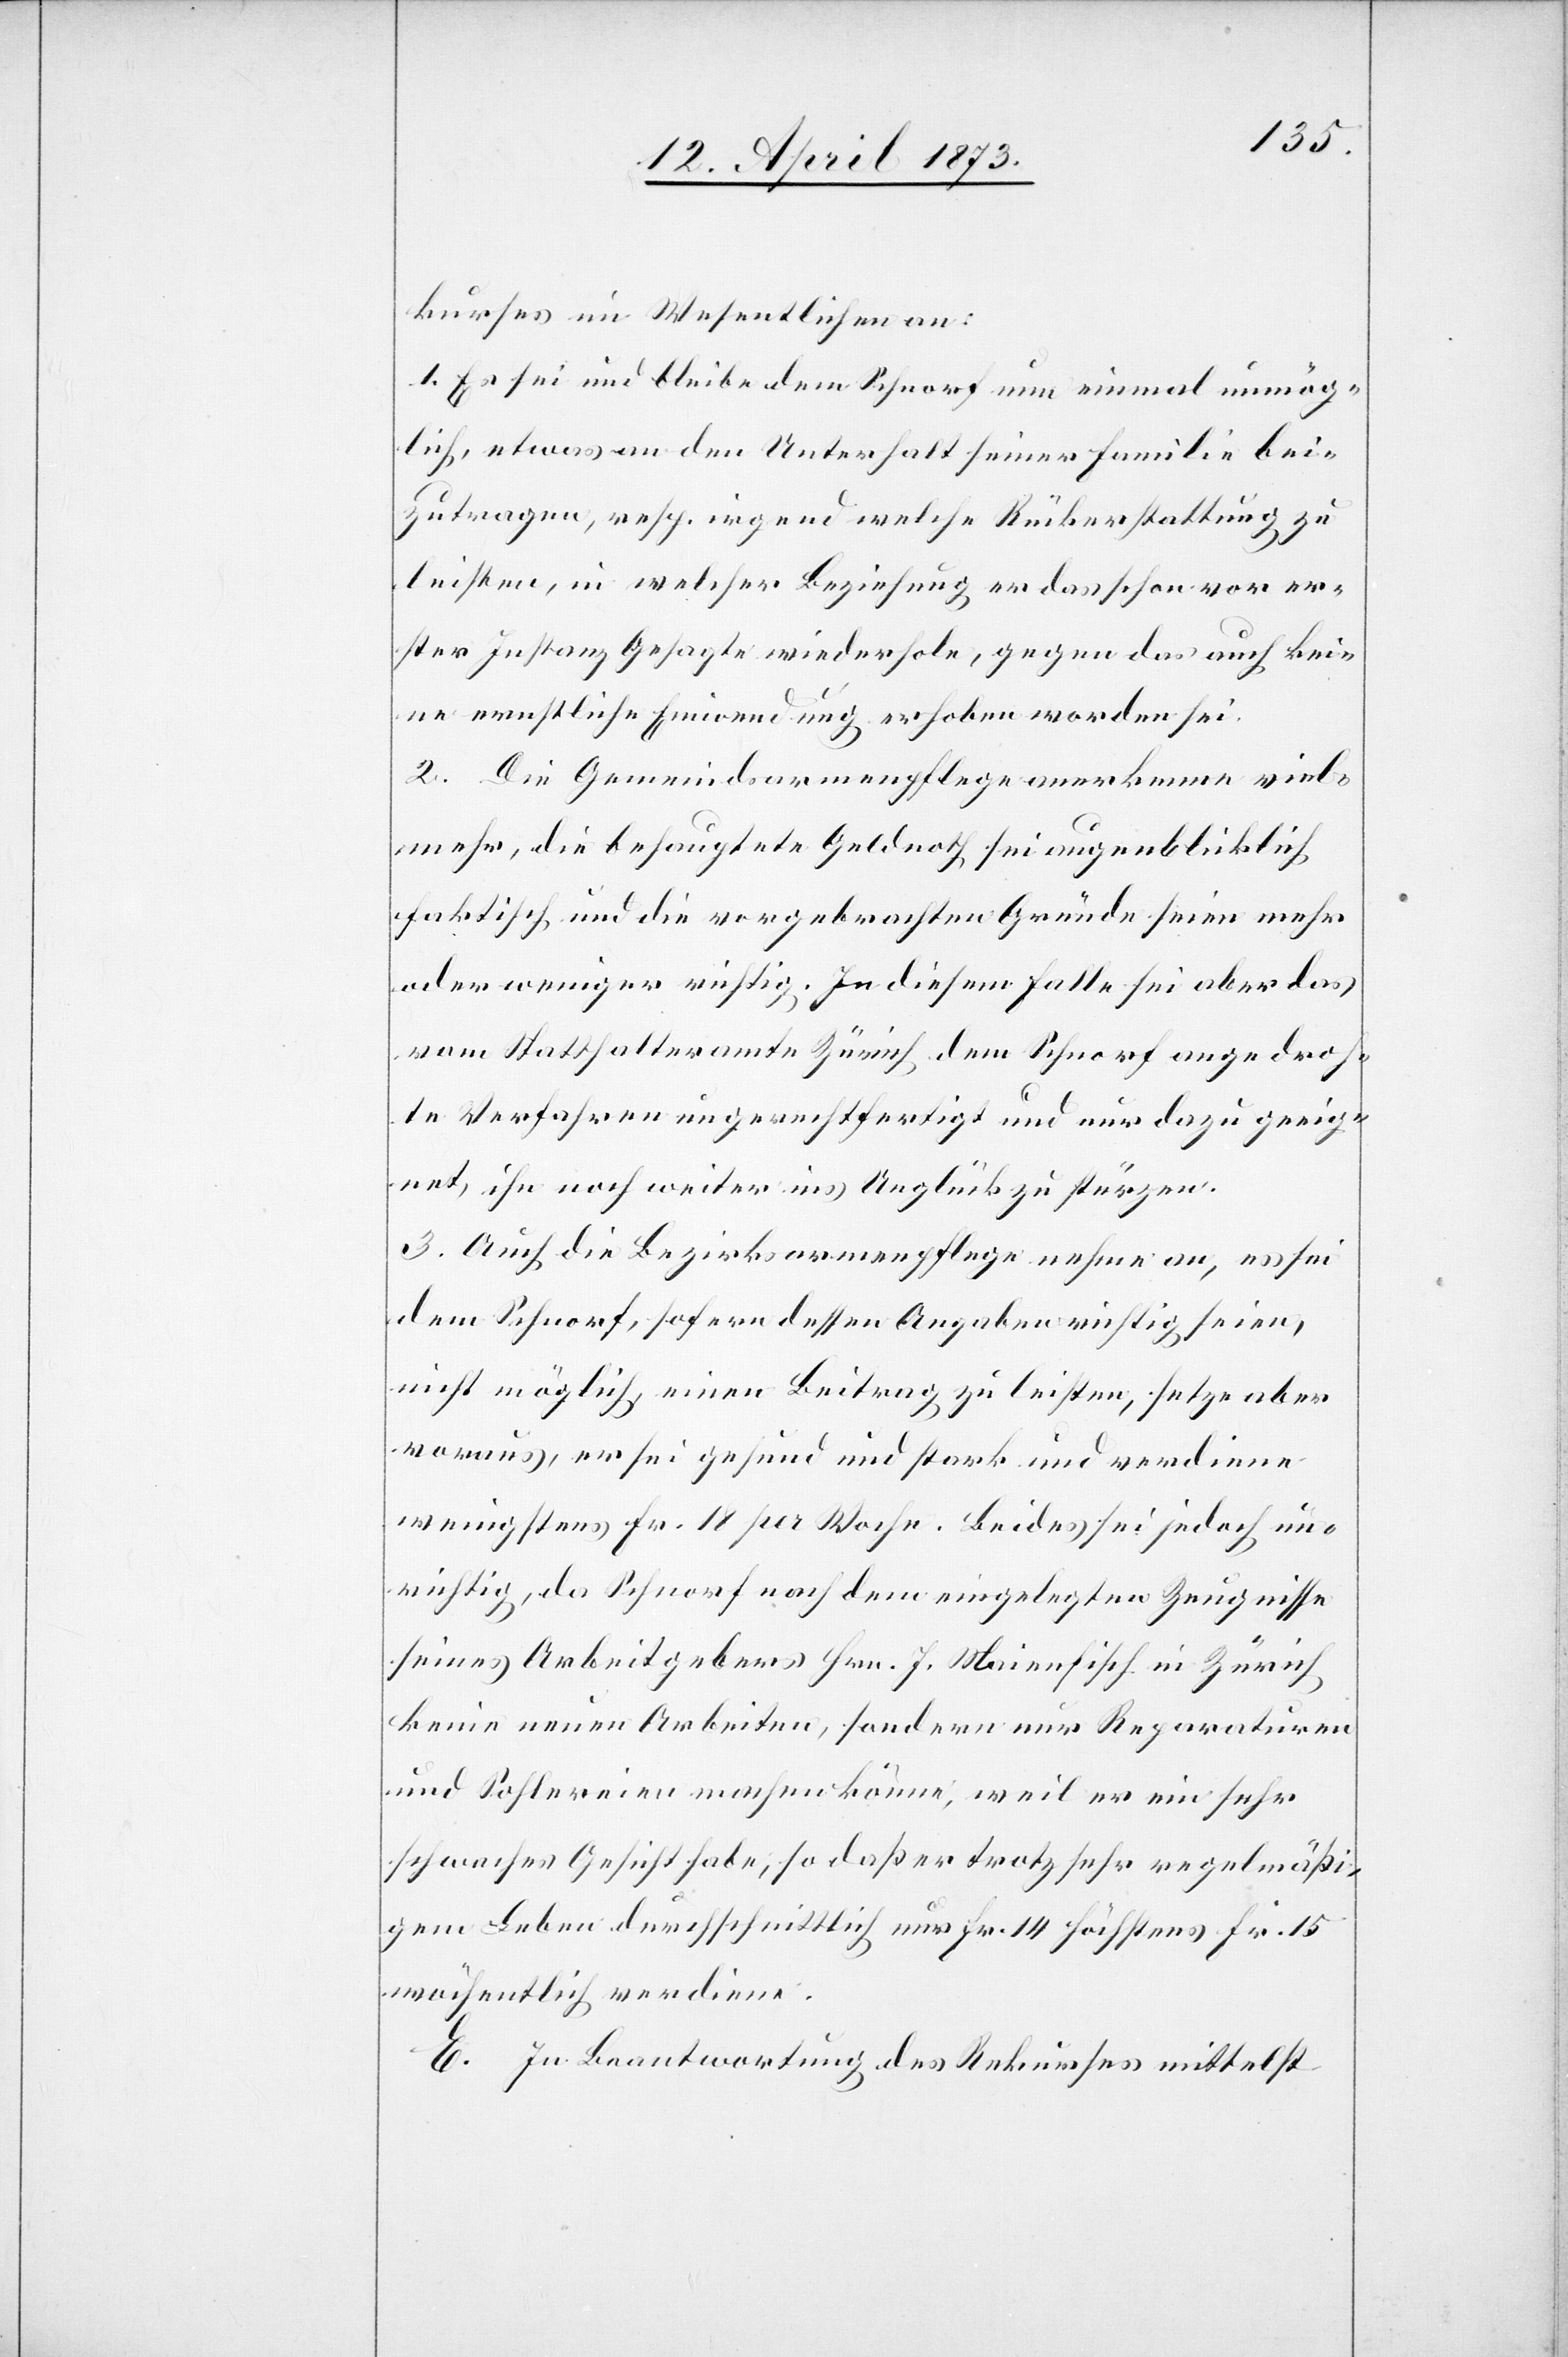
kurses im Wesentlichen an:
1. Es sei und bleibe dem Schnorf nun einmal unmög¬
lich, etwas an den Unterhalt seiner Familie bei¬
zutragen, resp. irgend welche Rückerstattung zu
leisten, in welcher Beziehung er das schon vor er¬
ster Instanz Gesagte wiederhole, gegen das auch kei¬
ne ernstliche Einwendung erhoben worden sei.
2. Die Gemeindsarmenpflege anerkenne viel¬
mehr, die behauptete Geldnoth sei augenblicklich
faktisch und die vorgebrachten Gründe seien mehr
oder weniger richtig. In diesem Falle sei aber das
vom Statthalteramte Zürich dem Schnorf angedroh¬
te Verfahren ungerechtfertigt und nur dazu geeig¬
net, ihn noch weiter ins Unglück zu stürzen.
3. Auch die Bezirksarmenpflege nehme an, es sei
dem Schnorf, sofern dessen Angaben richtig seien,
nicht möglich, einen Beitrag zu leisten, setze aber
voraus, er sei gesund und stark und verdiene
wenigstens Fr. 18 per Woche. Beides sei jedoch un¬
richtig, da Schnorf nach dem eingelegten Zeugnisse
seines Arbeitgebers Hrn. J. Maienfisch in Zürich
keine neuen Arbeiten, sondern nur Reparaturen
und Sohlereien machen könne, weil er ein sehr
schwaches Gesicht habe, so daß er trotz sehr regelmäßi¬
gem Leben durchschnittlich nur Fr. 14 höchstens Fr. 15
wöchentlich verdiene.
E. In Beantwortung des Rekurses mittelst